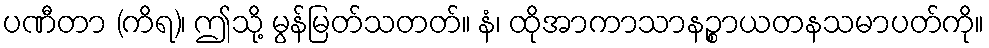
ပဏီတာ (ကိရ)၊ ဤသို့ မွန်မြတ်သတတ်။ နံ၊ ထိုအာကာသာနဉ္စာယတနသမာပတ်ကို။